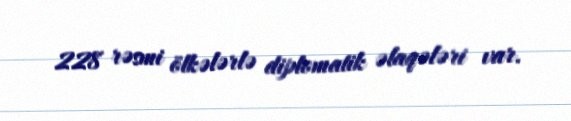
228 rəsmi ölkələrlə diplomatik əlaqələri var.